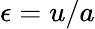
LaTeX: \epsilon=u/a